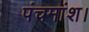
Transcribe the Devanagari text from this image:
पंचमांश।